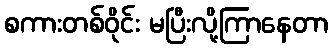
စကားတစ်ဝိုင်း မပြီးလို့ကြာနေတာ